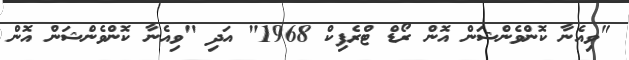
"ވިއެނާ ކޮންވެންޝަން އޮން ރޯޑް ޓްރެފިކް 1968" އަދި "ވިއެނާ ކޮންވެންޝަން އޮން